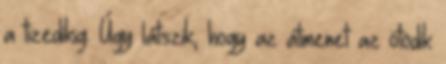
a tizedikig. Úgy látszik, hogy az átmenet az ötödik